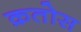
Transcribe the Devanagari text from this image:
क्रतोस